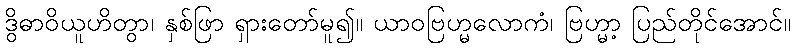
ဒွိဓာဝိယူဟိတွာ၊ နှစ်ဖြာ ရှားတော်မူ၍။ ယာဝဗြဟ္မလောကံ၊ ဗြဟ္မာ့ ပြည်တိုင်အောင်။